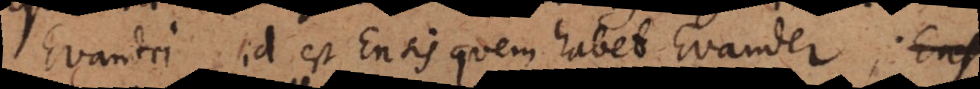
Evandri, id est Ensis quem habet Evander; Ensis